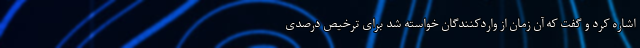
اشاره کرد و گفت که آن زمان از واردکنندگان خواسته شد برای ترخیص درصدی